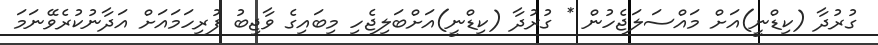
ގުރުދާ (ކިޑްނީ)އަށް މައްސަލަޖެހުން * ގުރުދާ (ކިޑްނީ)އަށްބަލިޖެހި މިބައިގެ ވާޖިބު ފުރިހަމައަށް އަދާނުކުރެވޭނަމަ